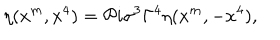
\eta ( x ^ { m } , x ^ { 4 } ) = { \cal P } i \sigma ^ { 3 } \Gamma ^ { 4 } \eta ( x ^ { m } , - x ^ { 4 } ) ,